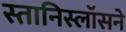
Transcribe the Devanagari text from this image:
स्तानिस्लॉसने